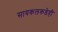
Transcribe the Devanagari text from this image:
सायकलकडेही